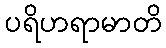
ပရိဟရာမာတိ